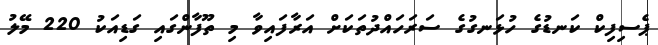
ޕެސިފިކް ކަނޑުގެ ހުޅަނގުގެ ސަަރަހައްދުތަކަށް އަރާފައިވާ މި ތޫފާންގައި ގަޑިއަކު 220 މޭލު